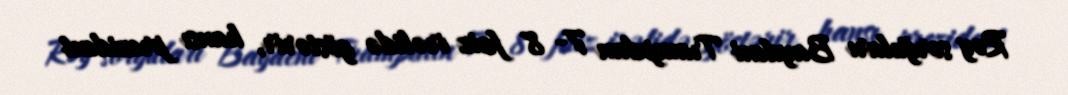
Rəy sorğuları Baydeni Trampdan 7- 8 faiz irəlidə göstərir, hansı prezident